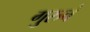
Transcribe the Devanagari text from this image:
गुरुचं